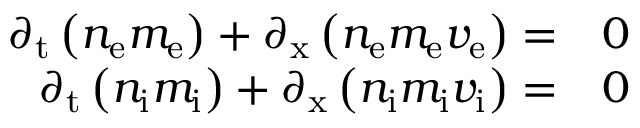
\begin{array} { r l } { \partial _ { \mathrm { t } } \left( n _ { \mathrm { { e } } } m _ { \mathrm { { e } } } \right) + \partial _ { \mathrm { x } } \left( n _ { \mathrm { { e } } } m _ { \mathrm { { e } } } v _ { \mathrm { { e } } } \right) = } & { { } 0 } \\ { \partial _ { \mathrm { t } } \left( n _ { \mathrm { { i } } } m _ { \mathrm { { i } } } \right) + \partial _ { \mathrm { x } } \left( n _ { \mathrm { { i } } } m _ { \mathrm { { i } } } v _ { \mathrm { { i } } } \right) = } & { { } 0 } \end{array}